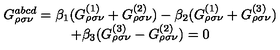
\begin{array} { c } { G _ { \rho \sigma \nu } ^ { a b c d } = \beta _ { 1 } ( G _ { \rho \sigma \nu } ^ { ( 1 ) } + G _ { \rho \sigma \nu } ^ { ( 2 ) } ) - \beta _ { 2 } ( G _ { \rho \sigma \nu } ^ { ( 1 ) } + G _ { \rho \sigma \nu } ^ { ( 3 ) } ) } \\ { + \beta _ { 3 } ( G _ { \rho \sigma \nu } ^ { ( 3 ) } - G _ { \rho \sigma \nu } ^ { ( 2 ) } ) = 0 } \\ \end{array}